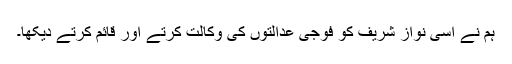
ہم نے اسی نواز شریف کو فوجی عدالتوں کی وکالت کرتے اور قائم کرتے دیکھا۔